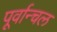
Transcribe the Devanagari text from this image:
पूर्वान्चल